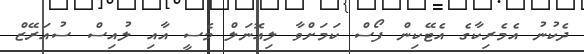
ދެކުނު އެމެރިކާގެ އެޓޭކިން ފޯސް ކަމަށްވާ ލިއޮނަލް މެސީ އާއި ލުއިސް ސުއަރޭޒް